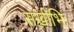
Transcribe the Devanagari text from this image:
सखीभिः